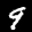
Label: 9